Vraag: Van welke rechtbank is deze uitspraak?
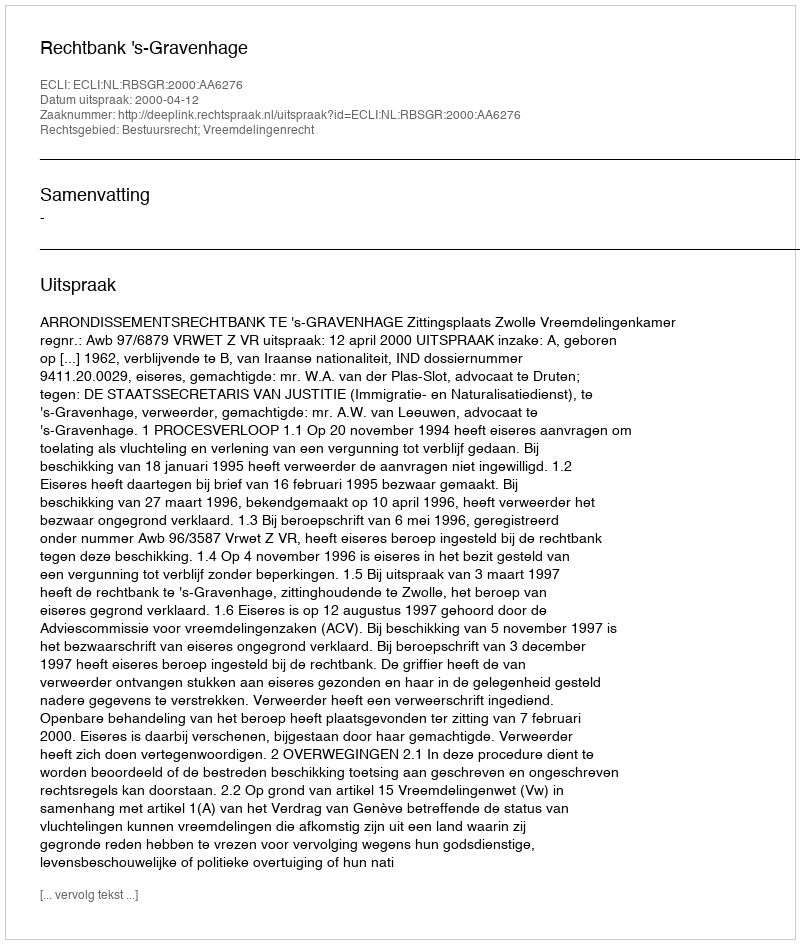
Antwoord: Rechtbank 's-Gravenhage